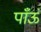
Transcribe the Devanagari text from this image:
पाँऊं